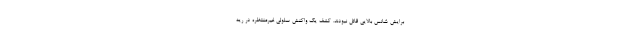
برایش شانس بالایی قائل نبودند. کشف یک واکنش سلولی غیرمنتظره در ریه